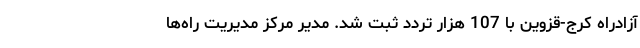
آزادراه کرج‌-قزوین با 107 هزار تردد ثبت شد. مدیر مرکز مدیریت راه‌ها